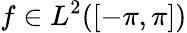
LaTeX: f\in L^{2}([-\pi,\pi])